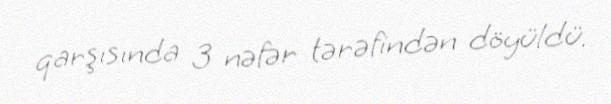
qarşısında 3 nəfər tərəfindən döyüldü.